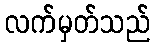
လက်မှတ်သည်